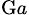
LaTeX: _{\mathrm{G}a}